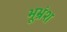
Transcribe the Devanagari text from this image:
भूभ्रंश